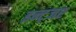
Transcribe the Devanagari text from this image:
इन्ट्जर